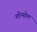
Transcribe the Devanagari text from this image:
लोन्स्डेल